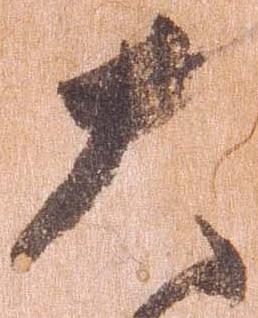
大